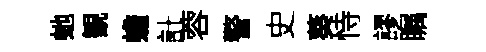
虵観蟾計蓉警史葵恃謬瞩